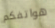
هواتفكم